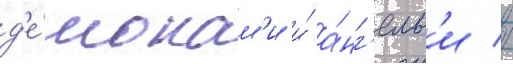
д'е́монам'и и́ а́нг'елам'и //